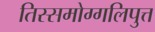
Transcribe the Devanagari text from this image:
तिस्समोग्गलिपुत्त